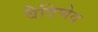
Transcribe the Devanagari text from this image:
वैदिणेव